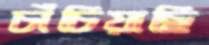
চাঁচিয়াছি